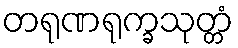
တရုဏရုက္ခသုတ္တံ